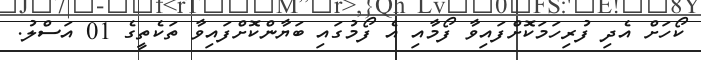
ކޯހަށް އެދި ފުރިހަމަކޮށްފައިވާ ފޯމާއި އެ ފޯމުގައި ބަޔާންކޮށްފައިވާ ތަކެތީގެ 01 އަސްލު.